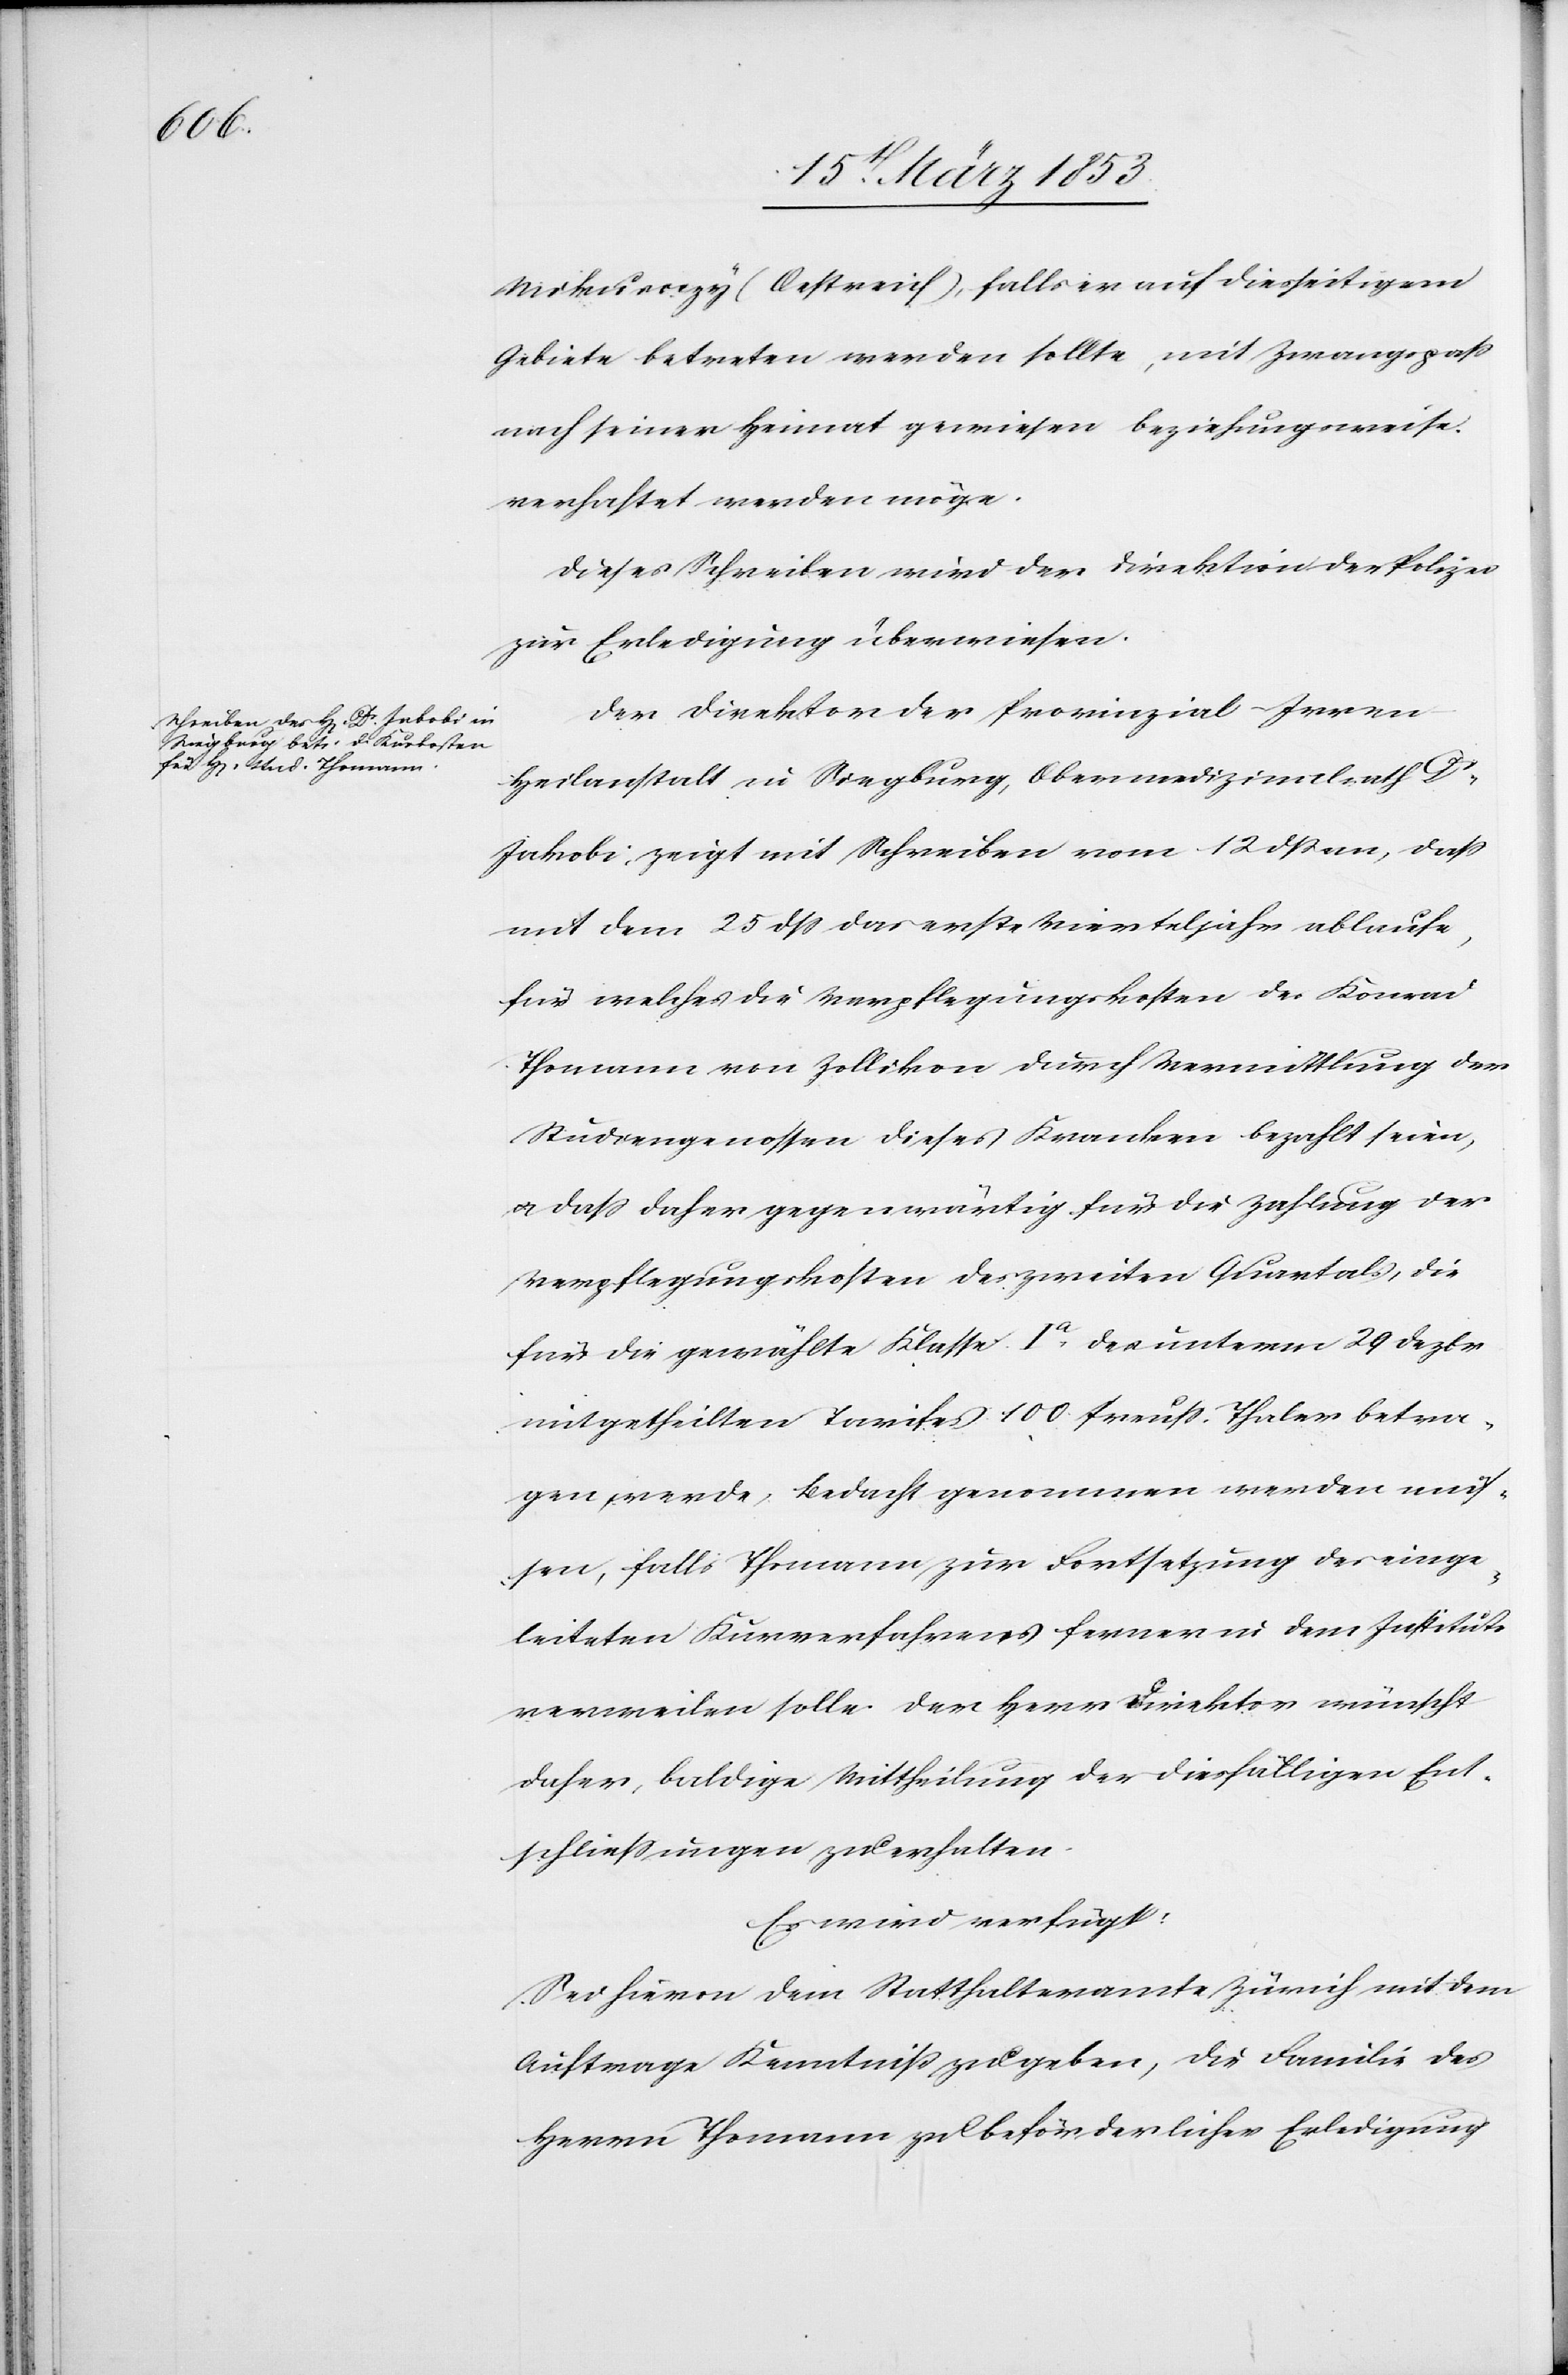
16t[en] März 1853]
Mikuroegy [sic!] (Oestreich), falls er auf diesseitigem
Gebiete betreten werden sollte, mit Zwangspaß
nach seiner Heimat gewiesen beziehungsweise
verhaftet werden möge.
Dieses Schreiben wird der Direktion der Polizei
zur Erledigung überwiesen.
Der Direktion der Provinzial-Irren¬
heilanstalt in Siegburg, Obermedizinalrath Dr.
Jakobi zeigt mit Schreiben vom 12 dß an, daß
mit dem 25 dß das erste Vierteljahr ablaufe,
für welches die Verpflegungskosten des Konrad
Thomann von Zollikon durch Vermittlung der
Studiengenossen dieses Kranken bezahlt seien,
u. daß daher gegenwärtig für die Zahlung der
Verpflegungskosten des zweiten Quartals, die
für die gewählte Klasse 1a. des unterm 29 Dezbr.
mitgetheilten Tarifes 100 Preuß. Thaler betra¬
gen werde, Bedacht genommen werden müs¬
sen, falls Thomann zur Fortsetzung des einge¬
leiteten Kurverfahrens ferner in dem Institute
verweilen solle. Der Herr Direktor wünscht
daher, baldige Mittheilung der diesfälligen Ent¬
schließungen zu erhalten.
Es wird verfügt:
Sei hievon dem Statthalteramte Zürich mit dem
Auftrage Kenntniß zu geben, die Familie des
Herrn Thomann zu beförderlicher Erledigung